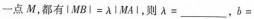
-点M，都有$$| M B l = λ l M A l$$，则$$λ = ___$$，$$b =